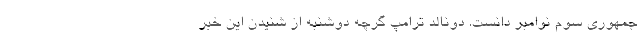
جمهوری سوم نوامبر دانست. دونالد ترامپ گرچه دوشنبه از شنیدن این خبر